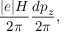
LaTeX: \frac { \vert e \vert H } { 2 \pi } \frac { d p _ { z } } { 2 \pi } , \nonumber